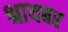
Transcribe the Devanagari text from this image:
श्रायबर